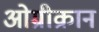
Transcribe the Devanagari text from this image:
ओम्रीक्रान